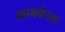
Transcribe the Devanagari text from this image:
कामकेदला